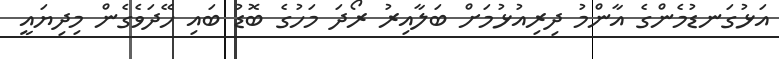
އަޅުގަނޑުމެންގެ އާންމު ދިރިއުޅުމަށް ބަލާއިރު ރޯދަ މަހުގެ ބޮޑު ބައި ހޭދަވެގެން މިދިޔައީ